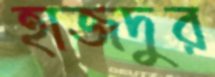
হাজদুর